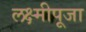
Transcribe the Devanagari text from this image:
लक्ष्मीपूजा